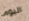
اليوم